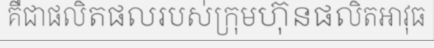
គឺជាផលិតផលរបស់ក្រុមហ៊ុនផលិតអាវុធ